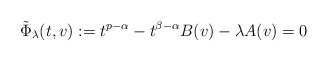
\begin{align*} \tilde\Phi_\lambda(t,v) := t^{p-\alpha} - t^{\beta-\alpha} B(v) - \lambda A(v) = 0\end{align*}